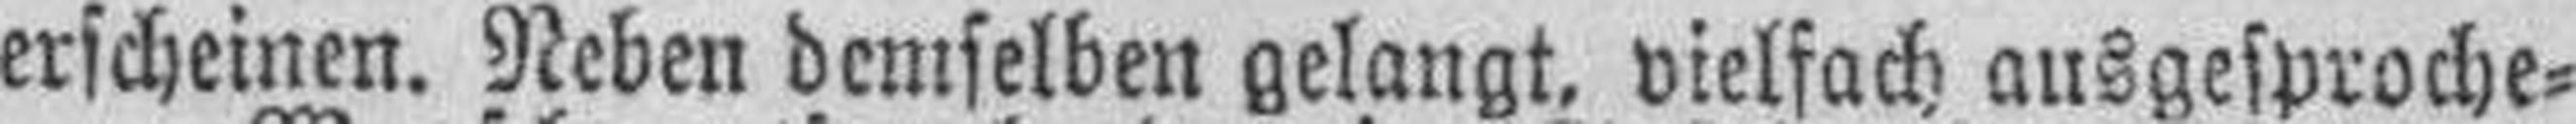
erscheinen. Neben demselben gelangt, vielfach ausgesproche¬